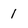
Character: 1